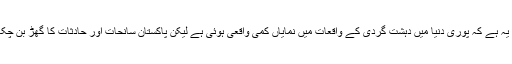
سوال یہ ہے کہ پوری دنیا میں دہشت گردی کے واقعات میں نمایاں کمی واقعی ہوئی ہے لیکن پاکستان سانحات اور حادثات کا گھڑ بن چکا ہے۔